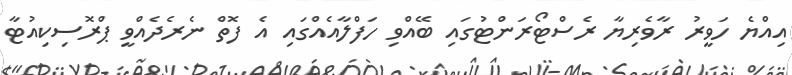
އިއްޔެ ހަވީރު ރާވެރިޔާ ރެސްޓޯރަންޓުގައި ބޭއްވި ހަފްލާއެއްގައި އެ ފޮތް ނެރެދެއްވީ ޕްރޮސިކިއުޓާ